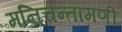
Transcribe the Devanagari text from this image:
मनिचन्तामणी